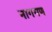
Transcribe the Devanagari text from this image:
नागगण